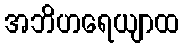
အဘိဟရေယျာထ